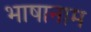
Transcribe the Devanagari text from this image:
भाषानाम